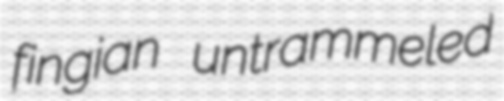
fingian untrammeled